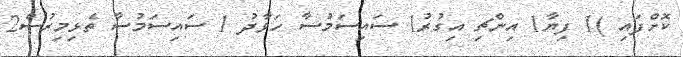
ކޮށްފައި )1 ފިޔާ1 އިންޗި އިގުރު1 ސައިސަމުސާ ހަވާދު 1 ސައިސަމުސާ ތެޅިމިރުސް2